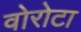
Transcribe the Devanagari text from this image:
वोरोटा